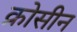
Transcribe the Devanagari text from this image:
क्रोसीन